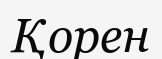
Қорен